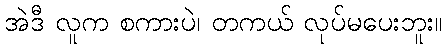
အဲဒီ လူက စကားပဲ၊ တကယ် လုပ်မပေးဘူး။